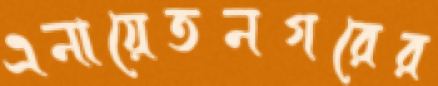
এনায়েতনগরের